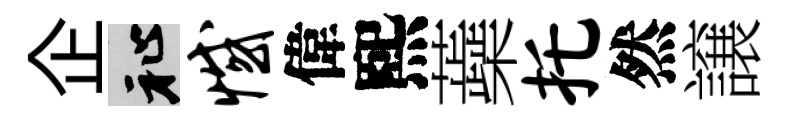
企祉憾偉熙蘃托然譲